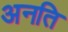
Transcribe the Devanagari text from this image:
अनति